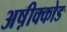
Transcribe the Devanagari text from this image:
अष़ीक्कोड